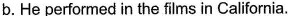
b.He performed in the films in California.